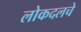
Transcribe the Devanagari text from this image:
लोकदलचे